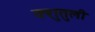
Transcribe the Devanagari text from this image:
क्शुतुली